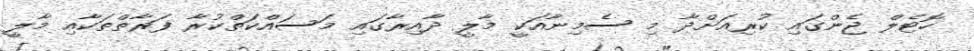
ހޮޓެލް ޖެންގައި ކުރިއަށްދާ މި ސެމިނާއަކީ މާލީ ދާއިރާގައި މަސައްކަތްކުރާ ފަރާތްތަކާއި މާލީ